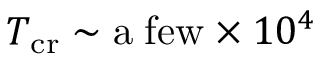
T _ { \mathrm { c r } } \sim \mathrm { a \; f e w } \times 1 0 ^ { 4 }